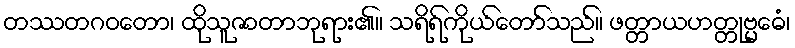
တဿတဂဝတော၊ ထိုသူဇာတာဘုရား၏။ သရိရ်ကိုယ်တော်သည်။ ဖတ္တာယဟတ္တုဗ္မေဓံ၊